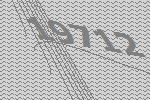
19712